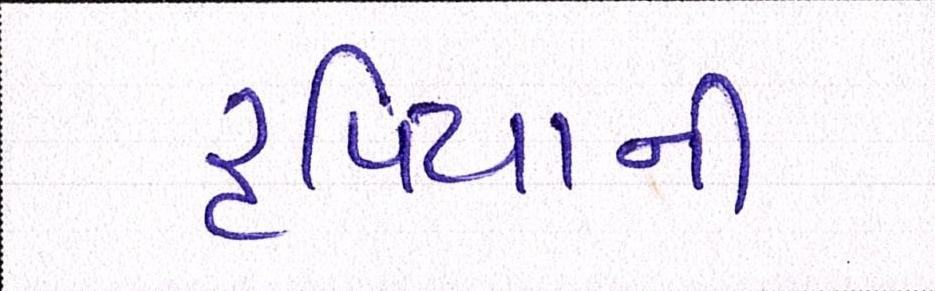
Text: રૃપિયાની